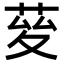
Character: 𦯩